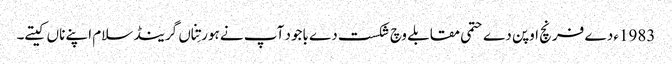
1983ء دے فرنچ اوپن دے حتمی مقابلے وچ شکست دے باجود آپ نے ہور تِناں گرینڈ سلام اپنے ناں کیتے۔